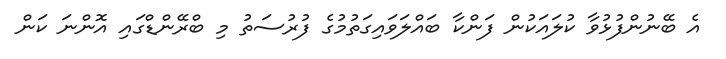
އެ ބޭނުންފުޅުވާ ކުލައަކުން ފަންކާ ބައްލަވައިގަތުމުގެ ފުރުސަތު މި ބްރޭންޑްގައި އޮންނަ ކަން